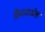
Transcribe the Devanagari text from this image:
कैस्टाईल